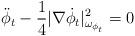
LaTeX: \begin{align*}\ddot{\phi}_t-\frac{1}{4}|\nabla \dot{\phi}_t|^2_{\omega_{\phi_t}}=0\end{align*}